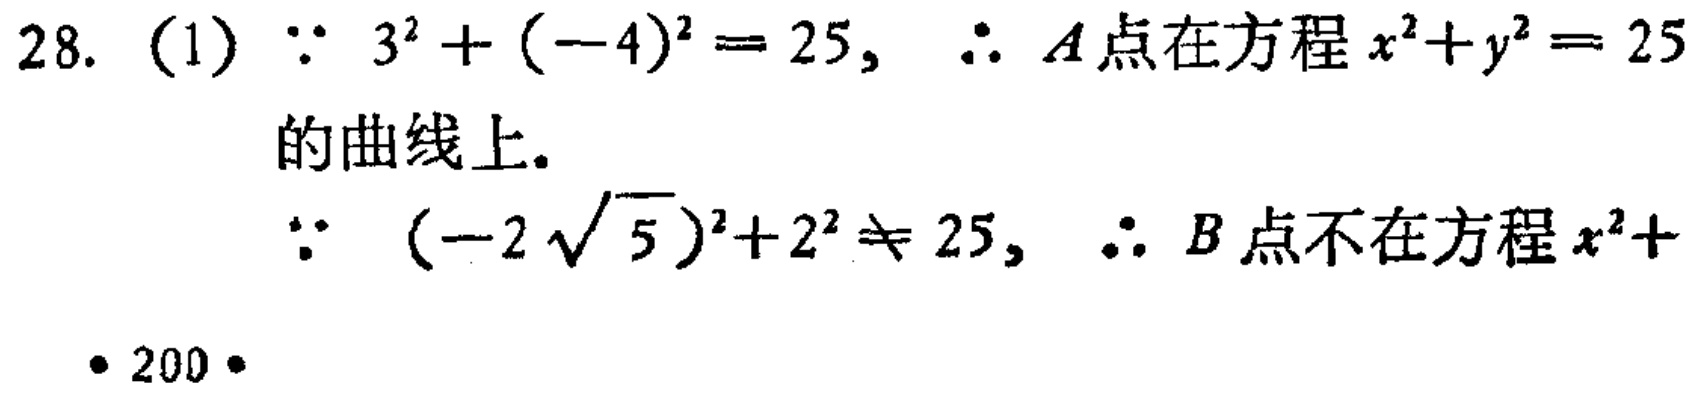
28. (1) $\because 3^{2}+(-4)^{2}=25$, $\therefore A$ 点在方程 $x^{2}+y^{2}=25$
的曲线上.
$\because (-2\sqrt{5})^{2}+2^{2}\neq 25$, $\therefore B$ 点不在方程 $x^{2}+$
• 200 •